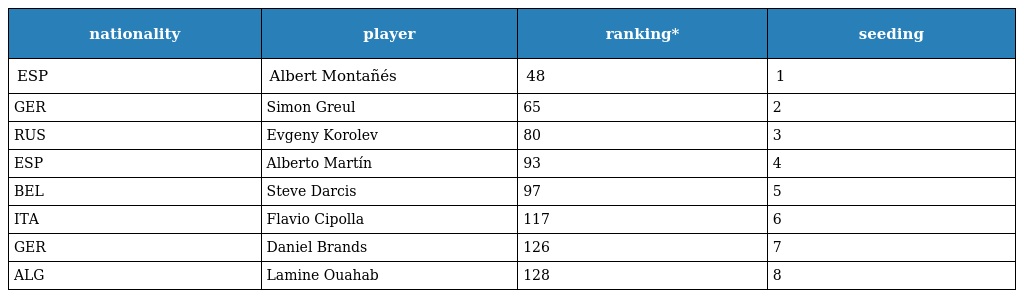
| nationality | player | ranking* | seeding |
 | --- | --- | --- | --- |
 | ESP | Albert Montañés | 48 | 1 |
 | GER | Simon Greul | 65 | 2 |
 | RUS | Evgeny Korolev | 80 | 3 |
 | ESP | Alberto Martín | 93 | 4 |
 | BEL | Steve Darcis | 97 | 5 |
 | ITA | Flavio Cipolla | 117 | 6 |
 | GER | Daniel Brands | 126 | 7 |
 | ALG | Lamine Ouahab | 128 | 8 |